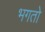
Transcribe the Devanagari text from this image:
भगतो